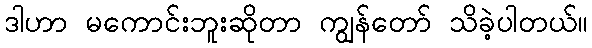
ဒါဟာ မကောင်းဘူးဆိုတာ ကျွန်တော် သိခဲ့ပါတယ်။